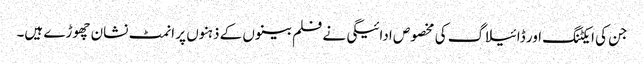
جن کی ایکٹنگ اور ڈائیلاگ کی مخصوص ادائیگی نے فلم بینوں کے ذہنوں پر انمٹ نشان چھوڑے ہیں۔